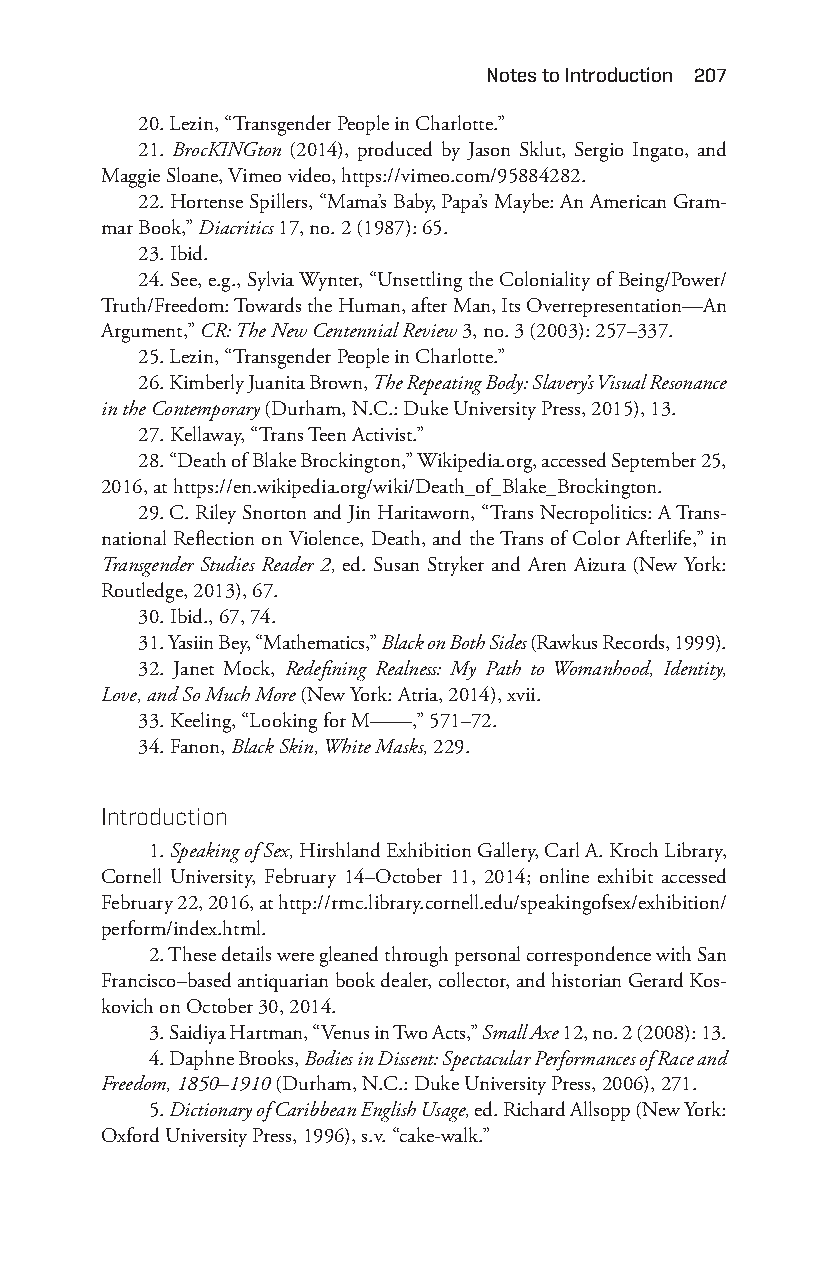
notes to introduction 207
 20. Lezin, “Transgender People in Charlotte.”
 21. BrocKINGton (2014), produced by Jason Sklut, Sergio Ingato, and
 Maggie Sloane, Vimeo video, https://vimeo.com/95884282.
 22. Hortense Spillers, “Mama’s Baby, Papa’s Maybe: An American Gram-
 mar Book,” Diacritics 17, no. 2 (1987): 65.
 23. Ibid.
 24. See, e.g., Sylvia Wynter, “Unsettling the Coloniality of Being/Power/
 Truth/Freedom: Towards the Human, after Man, Its Overrepresentation— An
 Argument,” CR: The New Centennial Review 3, no. 3 (2003): 257– 337.
 25. Lezin, “Transgender People in Charlotte.”
 26. Kimberly Juanita Brown, The Repeating Body: Slavery’s Visual Resonance
 in the Contemporary (Durham, N.C.: Duke University Press, 2015), 13.
 27. Kellaway, “Trans Teen Activist.”
 28. “Death of Blake Brockington,” Wikipedia.org, accessed September 25,
 2016, at https://en.wikipedia.org/wiki/Death_of_Blake_Brockington.
 29. C. Riley Snorton and Jin Haritaworn, “Trans Necropolitics: A Trans-
 national Reflection on Violence, Death, and the Trans of Color Afterlife,” in
 Transgender Studies Reader 2, ed. Susan Stryker and Aren Aizura (New York:
 Routledge, 2013), 67.
 30. Ibid., 67, 74.
 31. Yasiin Bey, “Mathematics,” Black on Both Sides (Rawkus Records, 1999).
 32. Janet Mock, Redefining Realness: My Path to Womanhood, Identity,
 Love, and So Much More (New York: Atria, 2014), xvii.
 33. Keeling, “Looking for M— — ,” 571– 72.
 34. Fanon, Black Skin, White Masks, 229.
 introduction
 1. Speaking of Sex, Hirshland Exhibition Gallery, Carl A. Kroch Library,
 Cornell University, February 14– October 11, 2014; online exhibit accessed
 February 22, 2016, at http://rmc.library.cornell.edu/speakingofsex/exhibition/
 perform/index.html.
 2. These details were gleaned through personal correspondence with San
 Francisco– based antiquarian book dealer, collector, and historian Gerard Kos-
 kovich on October 30, 2014.
 3. Saidiya Hartman, “Venus in Two Acts,” Small Axe 12, no. 2 (2008): 13.
 4. Daphne Brooks, Bodies in Dissent: Spectacular Performances of Race and
 Freedom, 1850– 1910 (Durham, N.C.: Duke University Press, 2006), 271.
 5. Dictionary of Caribbean English Usage, ed. Richard Allsopp (New York:
 Oxford University Press, 1996), s.v. “cake- walk.”
 Snorton.indd 207                            29/09/2017 8:41:11 AM